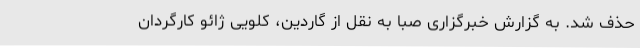
حذف شد. به گزارش خبرگزاری صبا به نقل از گاردین، کلویی ژائو کارگردان